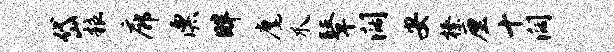
岱粮廊漂畔麾爪鼙阔安榛厘十阔